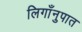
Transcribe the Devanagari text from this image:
लिगाँनुपात